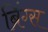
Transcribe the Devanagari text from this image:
ब्रिंग्स